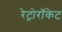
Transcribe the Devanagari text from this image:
रेट्रोरॉकेट